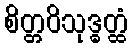
စိတ္တဝိသုဒ္ဓတ္ထံ